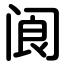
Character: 阆